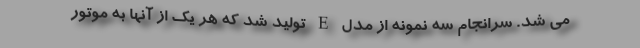
می شد. سرانجام سه نمونه از مدل E تولید شد که هر یک از آنها به موتور